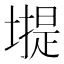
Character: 𡐾